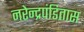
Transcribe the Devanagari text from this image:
नरेन्द्रपंडितास